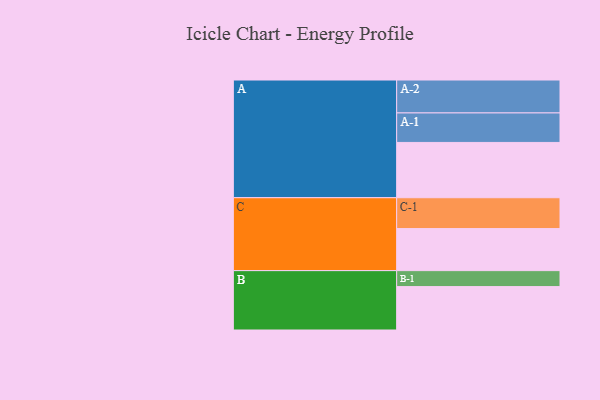
{"axis": {"x": "Segment", "y": "Value"}, "legend": ["", "A", "B", "C"], "data": [{"x": "A", "y": 502, "type": ""}, {"x": "B", "y": 394, "type": ""}, {"x": "C", "y": 382, "type": ""}, {"x": "A-1", "y": 268, "type": "A"}, {"x": "A-2", "y": 299, "type": "A"}, {"x": "B-1", "y": 145, "type": "B"}, {"x": "C-1", "y": 280, "type": "C"}]}